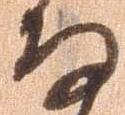
な